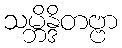
သမ္ဘိန္ဒိတဗ္ဗာ